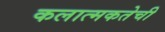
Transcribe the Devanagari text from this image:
कलात्मकतेची